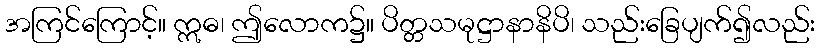
အကြင်ကြောင့်။ ဣဓ၊ ဤလောက၌။ ပိတ္တသမုဋ္ဌာနာနိပိ၊ သည်းခြေပျက်၍လည်း